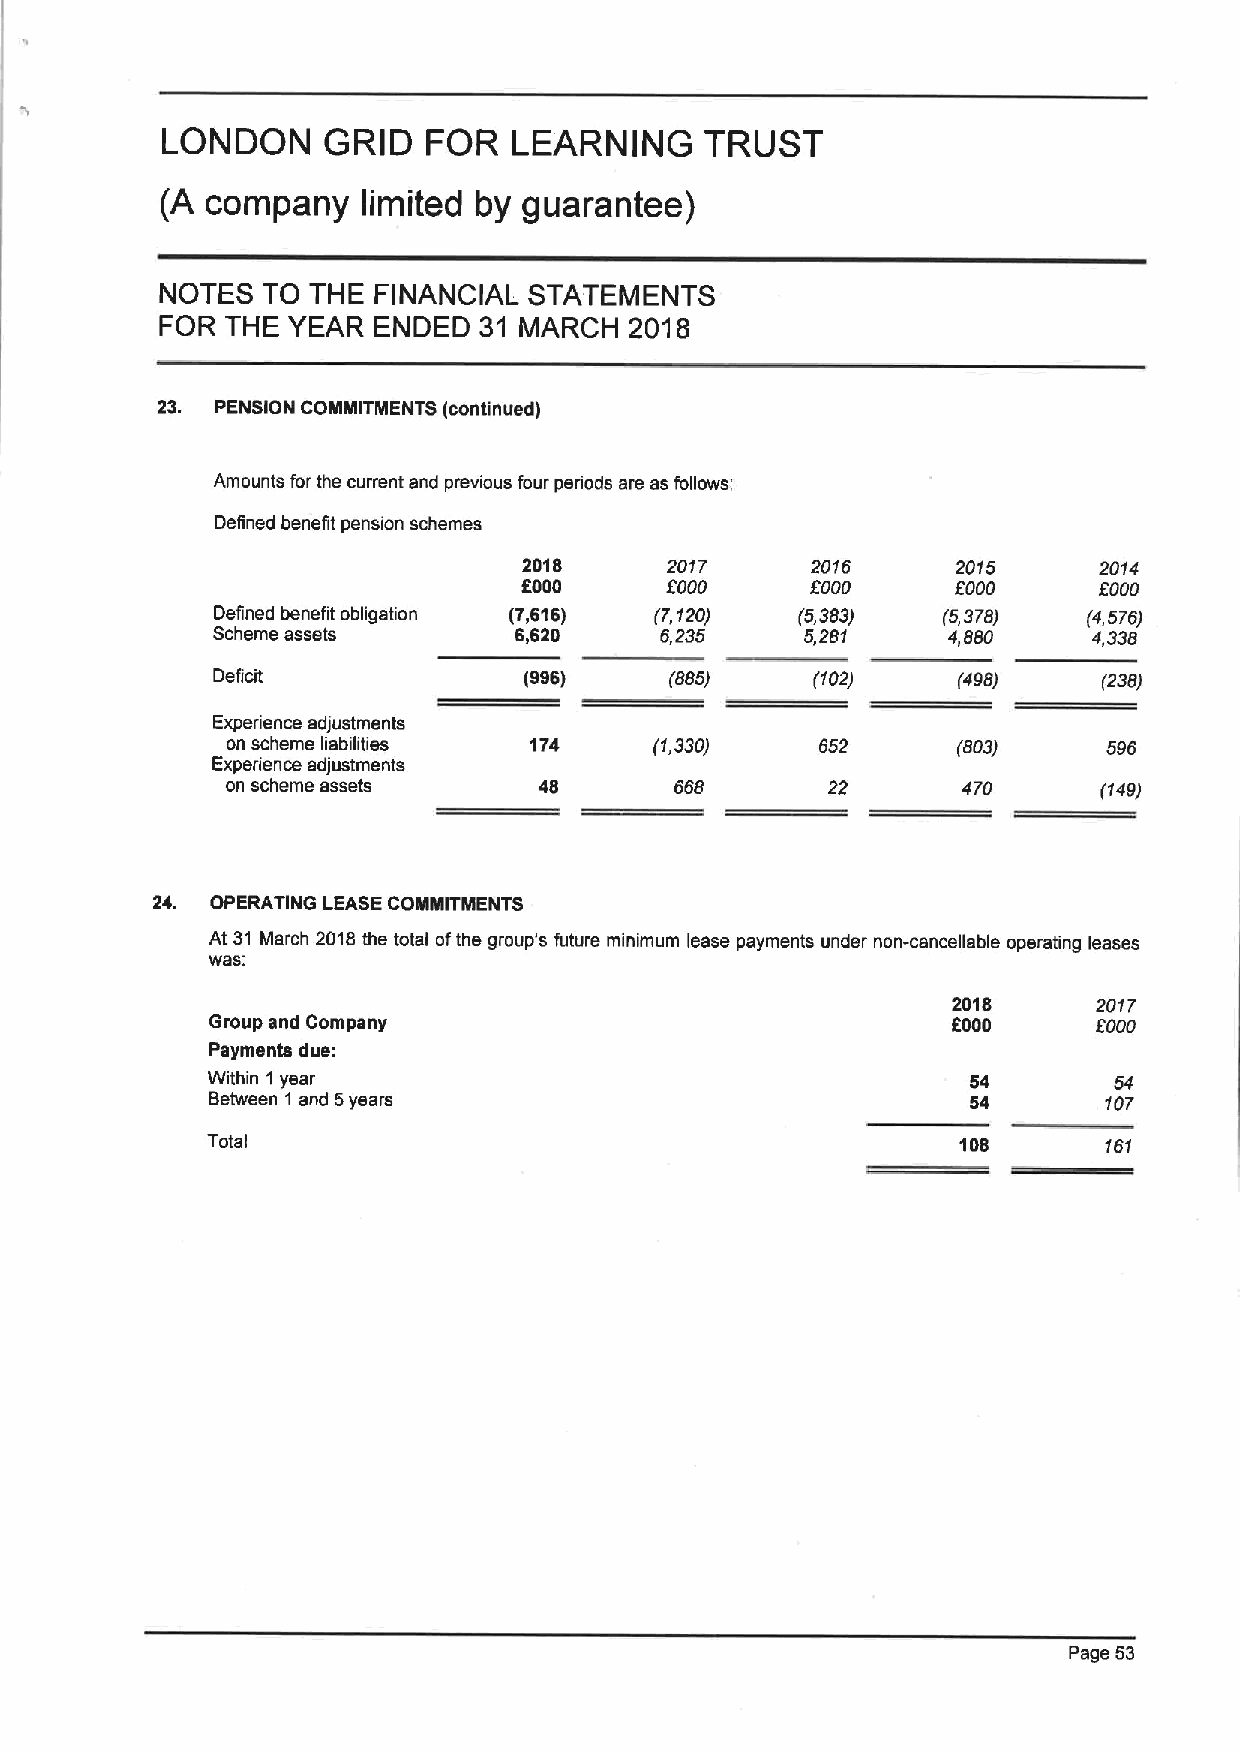
LONDON    GRID   FOR   LEARNING     TRUST
 (A company   limited by guarantee)
 NOTES TO THE  FINANCIAL STATEMENTS
 FOR THE YEAR  ENDED  31 MARCH  2018
 23. PENSION COMMITMENTS (continued)
 Amounts for the current and previous four periods are as follows:
 Defined benefit pension schemes
 2018     2017      2016     2015      2014
 6000     8000      8000     5000      5000
 Defined benefit obligation (7,616) (7,120) (5,383) (5,378) (4,576)
 Scheme assets       6,620     5,235    5,281     4,'880   4,338
 Deficit              (996)    (885)     (102)    (498)     (238)
 Experience adjustments
 on scheme liabilities 174   (1,330)    652      (803)     596
 Experience adjustments
 on scheme assets     48       568       22       470      (149)
 24. OPERATING LEASECOMMITMENTS
 At 31 March 2018the total ofthe group's future minimum lease payments under non-cancefiable operating leases
 was;
 2018      2017
 Group and Company                                6000      f 000
 Payments due:
 Within 1year                                      54        54
 Between 1 and 5years                              54       107
 Total                                             108      151
 Page 53